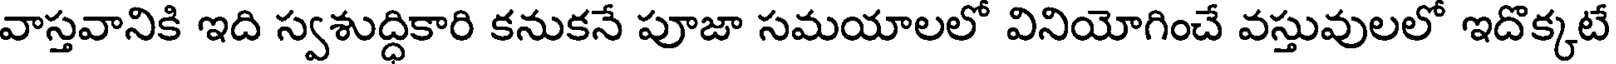
వాస్తవానికి ఇది స్వశుద్ధికారి కనుకనే పూజా సమయాలలో వినియోగించే వస్తువులలో ఇదొక్కటే